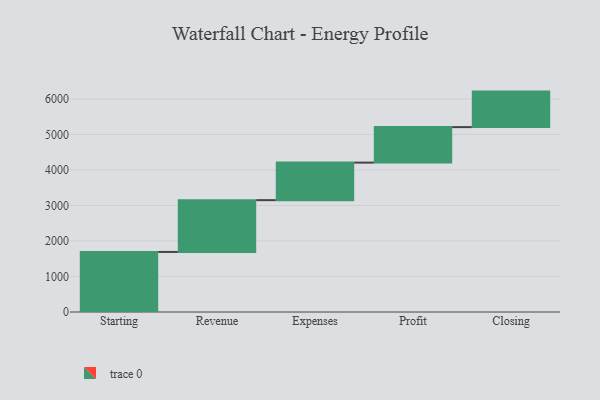
{"axis": {"x": "Step", "y": "Value"}, "legend": [""], "data": [{"x": "Starting", "y": 1691.0, "type": ""}, {"x": "Revenue", "y": 1459.0, "type": ""}, {"x": "Expenses", "y": 1057.0, "type": ""}, {"x": "Profit", "y": 1000, "type": ""}, {"x": "Closing", "y": 1000, "type": ""}]}